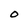
Character: O